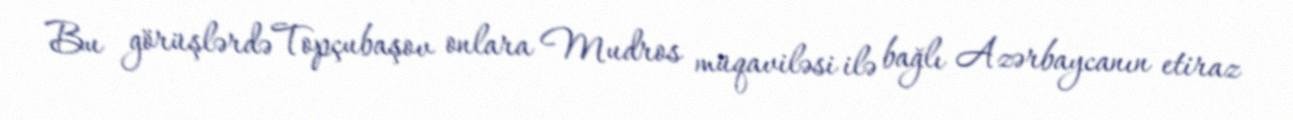
Bu görüşlərdə Topçubaşov onlara Mudros müqaviləsi ilə bağlı Azərbaycanın etiraz